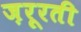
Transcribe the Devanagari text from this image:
ज़रूरती